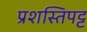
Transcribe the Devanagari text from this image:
प्रशस्तिपट्ट